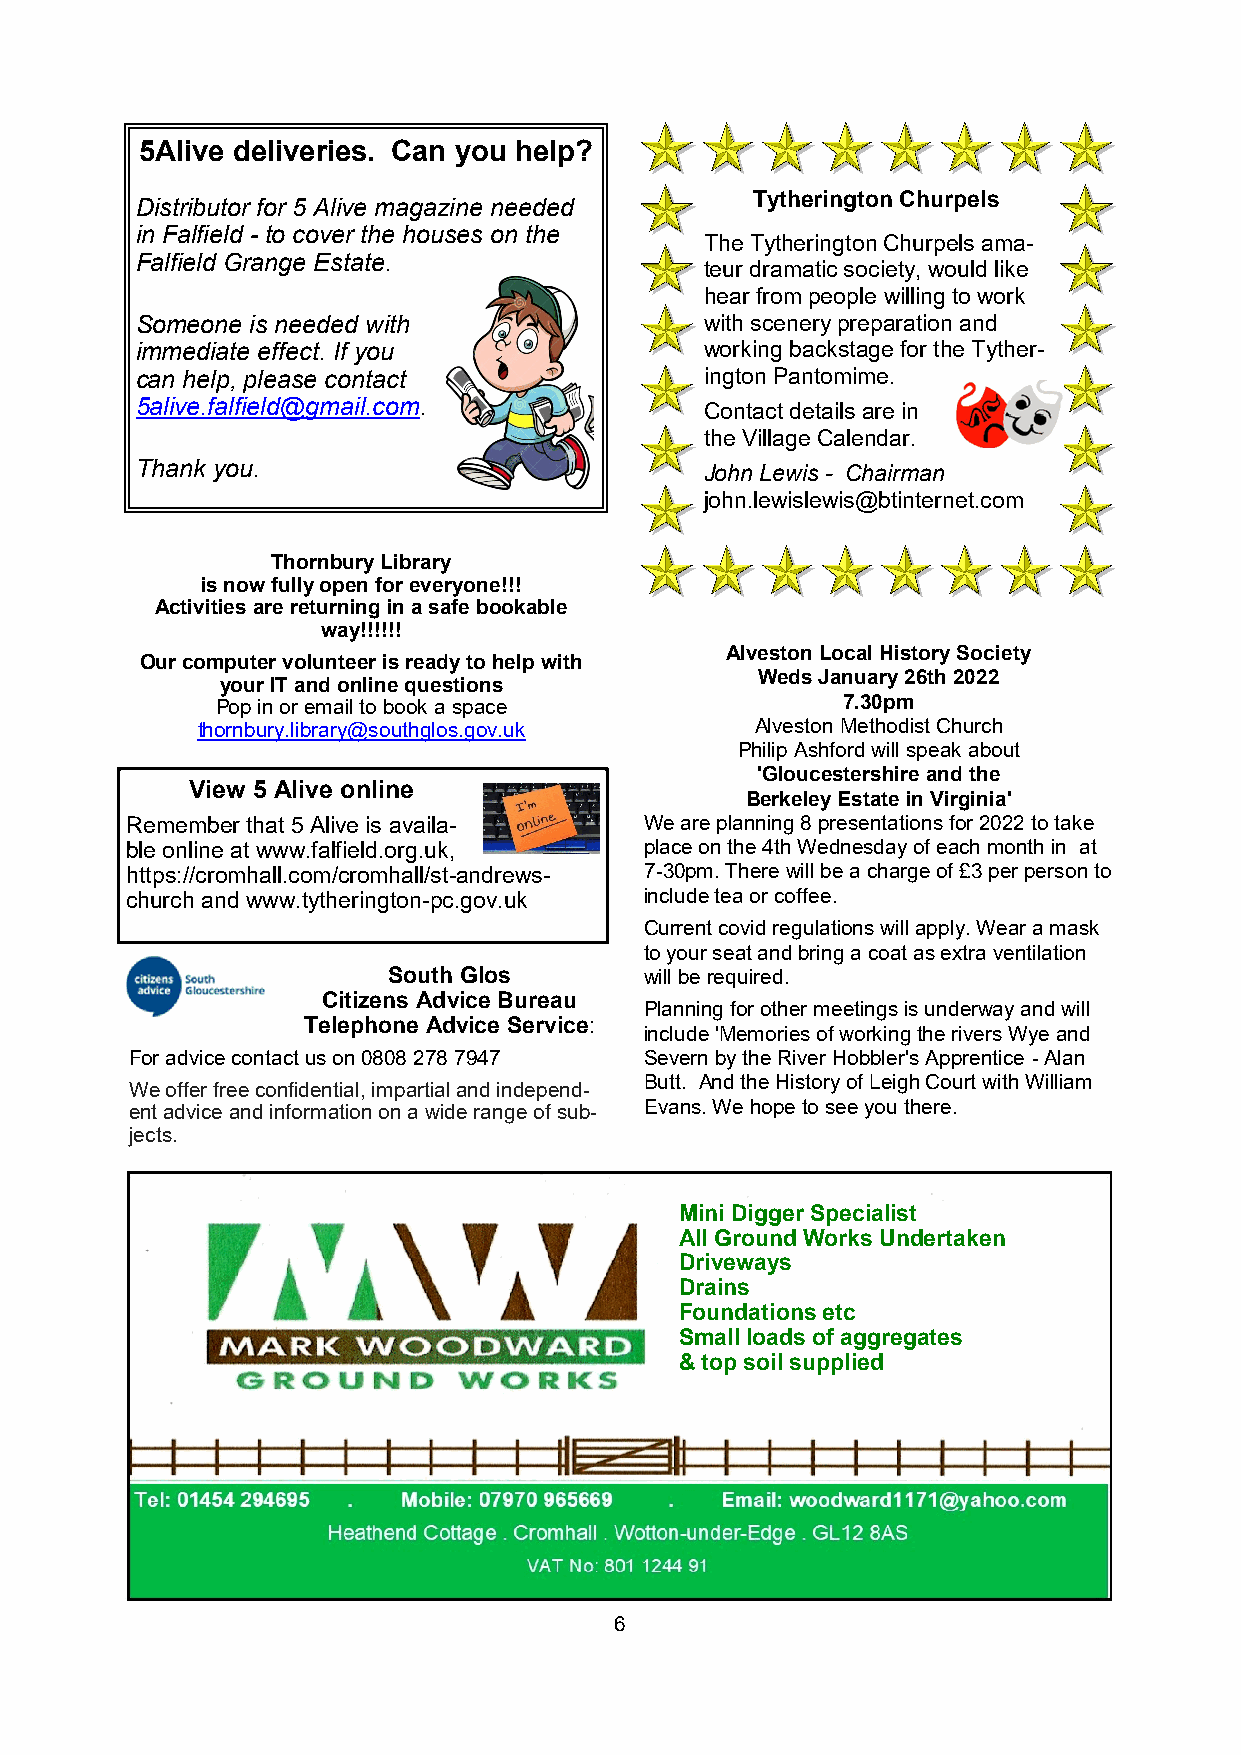
5Alive deliveries. Can you help?
 Tytherington Churpels
 Distributor for 5 Alive magazine needed
 in Falfield - to cover the houses on the
 The Tytherington Churpels ama-
 Falfield Grange Estate.
 teur dramatic society, would like
 hear from people willing to work
 Someone is needed with                with scenery preparation and
 immediate effect. If you              working backstage for the Tyther-
 can help, please contact              ington Pantomime.
 5alive.falfield@gmail.com.            Contact details are in
 the Village Calendar.
 Thank you.                            John Lewis - Chairman
 john.lewislewis@btinternet.com
 Thornbury Library
 is now fully open for everyone!!!
 Activities are returning in a safe bookable
 way!!!!!!
 Alveston Local History Society
 Our computer volunteer is ready to help with
 Weds January 26th 2022
 your IT and online questions
 Pop in or email to book a space           7.30pm
 thornbury.library@southglos.gov.uk   Alveston Methodist Church
 Philip Ashford will speak about
 'Gloucestershire and the
 View 5 Alive online
 Berkeley Estate in Virginia'
 Remember that 5 Alive is availa-   We are planning 8 presentations for 2022 to take
 ble online at www.falfield.org.uk, place on the 4th Wednesday of each month in at
 https://cromhall.com/cromhall/st-andrews- 7-30pm. There will be a charge of £3 per person to
 church and www.tytherington-pc.gov.uk include tea or coffee.
 Current covid regulations will apply. Wear a mask
 to your seat and bring a coat as extra ventilation
 South Glos       will be required.
 Citizens Advice Bureau
 Planning for other meetings is underway and will
 Telephone Advice Service:
 include 'Memories of working the rivers Wye and
 For advice contact us on 0808 278 7947 Severn by the River Hobbler's Apprentice - Alan
 Butt. And the History of Leigh Court with William
 We offer free confidential, impartial and independ-
 ent advice and information on a wide range of sub- Evans. We hope to see you there.
 jects.
 Mini Digger Specialist
 All Ground Works Undertaken
 Driveways
 Drains
 Foundations etc
 Small loads of aggregates
 & top soil supplied
 6